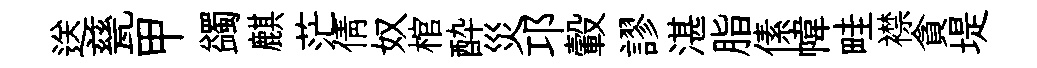
送甆甲蠲麒茫倩奴棺酔災邛轂謬湛脂傃幃畦襟貪堤